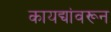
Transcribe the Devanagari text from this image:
कायद्यांवरून